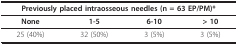
<table><thead><tr><td colspan="4"><b>Previously placed intraosseous needles (n = 63 EP/PM)*</b></td></tr></thead><tbody><tr><td><b>None</b></td><td><b>1-5</b></td><td><b>6-10</b></td><td><b>&gt; 10</b></td></tr><tr><td>25 (40%)</td><td>32 (50%)</td><td>3 (5%)</td><td>3 (5%)</td></tr></tbody></table>